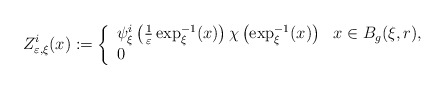
\begin{align*}Z_{\varepsilon,\xi}^{i}(x):=\left\{\begin{array}[c]{ll}\psi_{\xi}^{i}\left( \frac{1}{\varepsilon}\exp_{\xi}^{-1}(x)\right)\chi\left( \exp_{\xi}^{-1}(x)\right) & x\in B_{g}(\xi,r),\\0 & \end{array}\right.\end{align*}